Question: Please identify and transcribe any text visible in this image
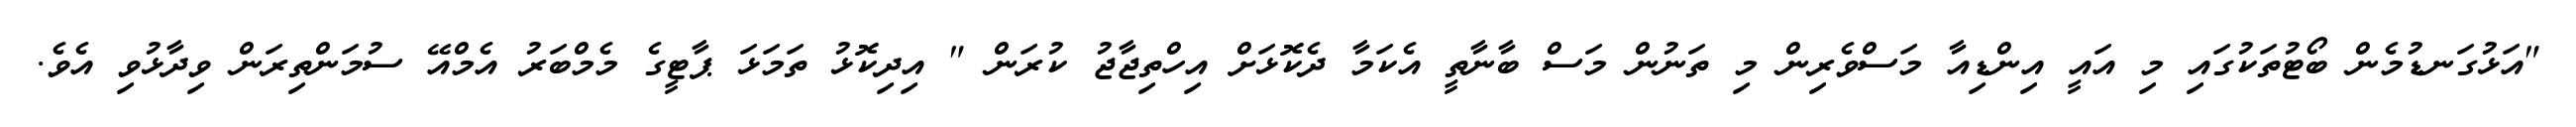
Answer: "އަޅުގަނޑުމެން ބޯޓުތަކުގައި މި އައީ އިންޑިއާ މަސްވެރިން މި ތަނުން މަސް ބާނާތީ އެކަމާ ދެކޮޅަށް އިހްތިޖާޖު ކުރަން " އިދިކޮޅު ތަމަޅަ ޕާޓީގެ މެމްބަރު އެމްއޭ ސުމަންތިރަން ވިދާޅުވި އެވެ.